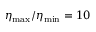
\eta _ { \mathrm { m a x } } / \eta _ { \mathrm { m i n } } = 1 0